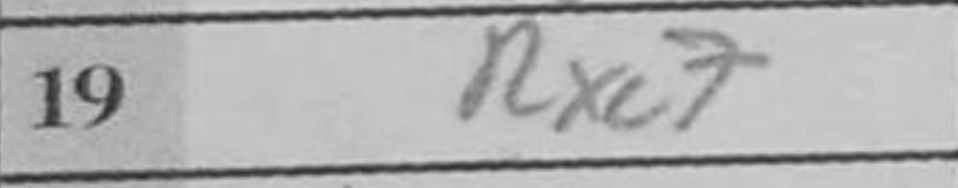
Transcription: Rxc7